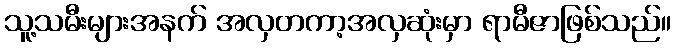
သူ့သမီးများအနက် အလှတကာ့အလှဆုံးမှာ ရာမီဇာဖြစ်သည်။